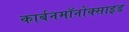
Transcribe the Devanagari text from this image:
कार्बनमॉनोक्साइड